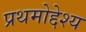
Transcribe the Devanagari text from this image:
प्रथमोद्देश्य